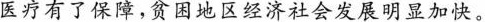
医疗有了保障，贫困地区经济社会发展明显加快。